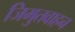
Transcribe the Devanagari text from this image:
जिमुतवाहन